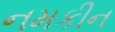
નમકીન